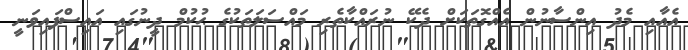
އެއާއި މެދު އިންސާނުން އެއްގޮތަކަށް ދެކޭ ނުރައްކާތެރި މައްސަލަތަކުގެ ޙުކުމް ދީނުގައި އައިސްފައިވަނީ